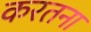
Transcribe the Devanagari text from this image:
करतना